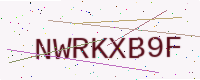
Text: NWRKXB9F